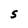
Character: s